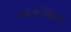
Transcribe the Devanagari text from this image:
गानविधा